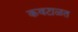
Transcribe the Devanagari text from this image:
कवटाळत